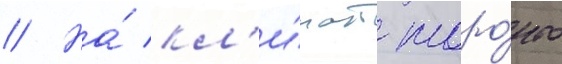
// На́ кл'и́мат торо́нто